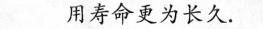
用寿命更为长久。